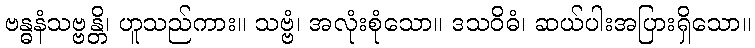
ဗန္ဓနံသဗ္ဗန္တိ၊ ဟူသည်ကား။ သဗ္ဗံ၊ အလုံးစုံသော။ ဒသဝိဓံ၊ ဆယ်ပါးအပြားရှိသော။